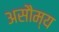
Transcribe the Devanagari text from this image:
असौम्य